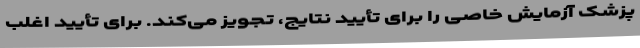
پزشک آزمایش خاصی را برای تأیید نتایج، تجویز می‌کند. برای تأیید اغلب